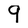
Character: 9